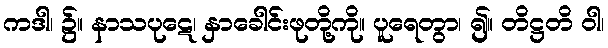
ကဒါ၊ ၌။ နာသပုဋေ၊ နှာခေါင်းဖုတို့ကို။ ပူရေတွာ၊ ၍။ တိဋ္ဌတိ ဝါ၊